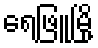
ရေဖြူမြို့